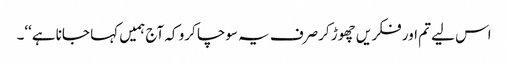
اس لیے تم اور فکر یں چھوڑ کرصرف یہ سوچا کرو کہ آج ہمیں کہا جانا ہے‘‘۔